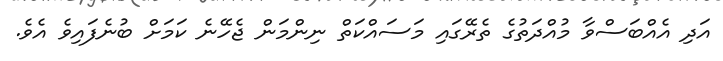
އަދި އެއްބަސްވާ މުއްދަތުގެ ތެރޭގައި މަސައްކަތް ނިންމަން ޖެހޭނެ ކަމަށް ބުނެފައިވެ އެވެ.